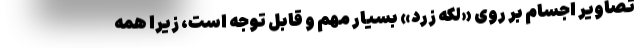
تصاویر اجسام بر روی «لکه زرد» بسیار مهم و قابل توجه است، زیرا همه